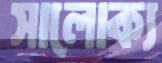
সালোক্য